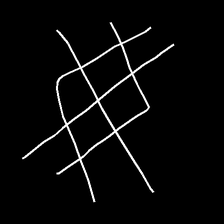
Glyph: crystal